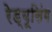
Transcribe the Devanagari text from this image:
रेड्यूसिंग